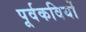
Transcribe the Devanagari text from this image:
पूर्वकवियों